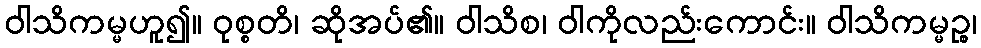
ဝါသိကမ္မဟူ၍။ ဝုစ္စတိ၊ ဆိုအပ်၏။ ဝါသိစ၊ ဝါကိုလည်းကောင်း။ ဝါသိကမ္မဉ္စ၊